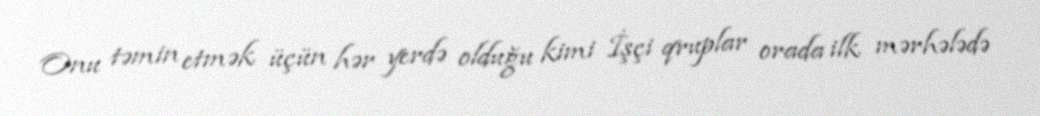
Onu təmin etmək üçün hər yerdə olduğu kimi İşçi qruplar orada ilk mərhələdə